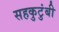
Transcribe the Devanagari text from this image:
सहकुटुंबी